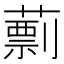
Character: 𦾑